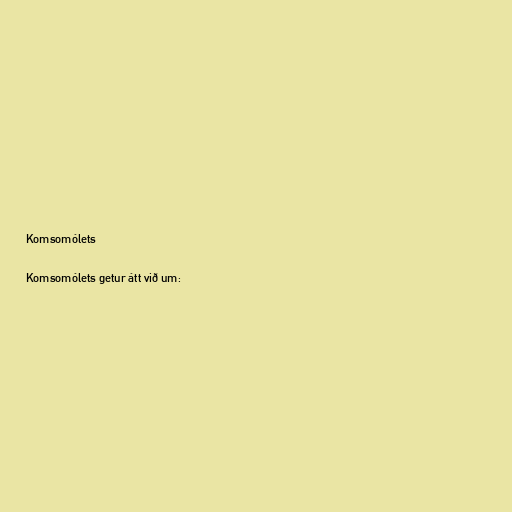
Komsomólets

Komsomólets getur átt við um: